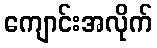
ကျောင်းအလိုက်